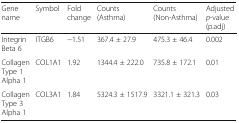
| Gene name | Symbol | Fold change | Counts (Asthma) | Counts (Non-Asthma) | Adjusted p-value (p.adj) |
 | --- | --- | --- | --- | --- | --- |
 | Integrin Beta 6 | ITGB6 | −1.51 | 367.4 ± 27.9 | 475.3 ± 46.4 | 0.002 |
 | Collagen Type 1 Alpha 1 | COL1A1 | 1.92 | 1344.4 ± 222.0 | 735.8 ± 172.1 | 0.01 |
 | Collagen Type 3 Alpha 1 | COL3A1 | 1.84 | 5324.3 ± 1517.9 | 3321.1 ± 321.3 | 0.03 |